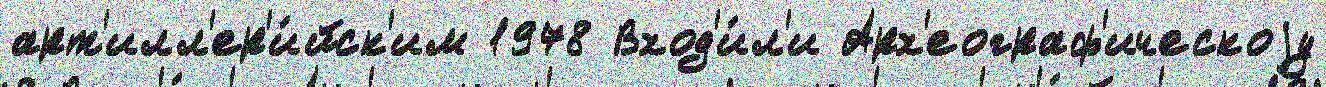
арт'илл'ер'и́йск'им 1978 Вход'и́л'и Арх'еограф'ическоjу